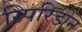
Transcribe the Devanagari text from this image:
स्पिरिडोन